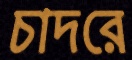
চাদরে